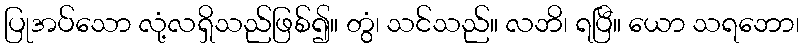
ပြုအပ်သော လုံ့လရှိသည်ဖြစ်၍။ တွံ၊ သင်သည်။ လဘိ၊ ရပြီ။ ယော သရဘော၊